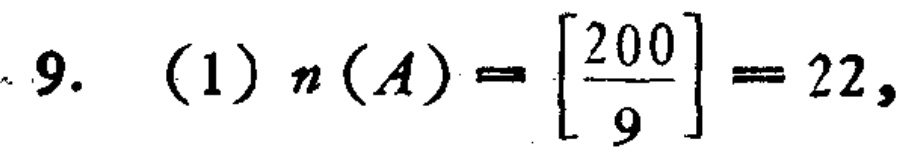
9. (1) \(n(A)=\left[\frac{200}{9}\right]=22\)